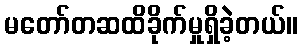
မတော်တဆထိခိုက်မှုရှိခဲ့တယ်။